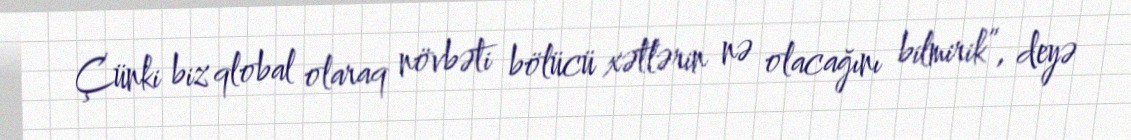
Çünki biz qlobal olaraq növbəti bölücü xətlərin nə olacağını bilmirik”, deyə